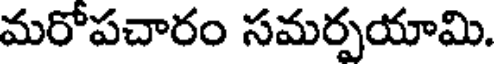
మరోపచారం సమర్పయామి.